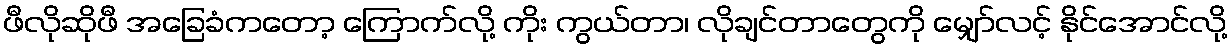
ဖီလိုဆိုဖီ အခြေခံကတော့ ကြောက်လို့ ကိုး ကွယ်တာ၊ လိုချင်တာတွေကို မျှော်လင့် နိုင်အောင်လို့